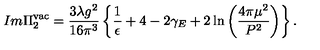
I m \Pi _ { 2 } ^ { \mathrm { v a c } } = \frac { 3 \lambda g ^ { 2 } } { 1 6 \pi ^ { 3 } } \left\{ \frac { 1 } { \epsilon } + 4 - 2 \gamma _ { E } + 2 \ln \left( \frac { 4 \pi \mu ^ { 2 } } { P ^ { 2 } } \right) \right\} .